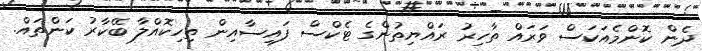
ދެން ކޮންމެއަކަސް ވަރައް ތާހިރު ރައްޔިތުންގެ ޓެކްސް ފައިސާއިން ތިހިކޮއްލާ ބޭކާރު ކަންތައް.